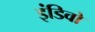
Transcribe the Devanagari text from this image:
इंडिवो